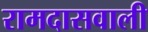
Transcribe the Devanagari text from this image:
रामदासवाली